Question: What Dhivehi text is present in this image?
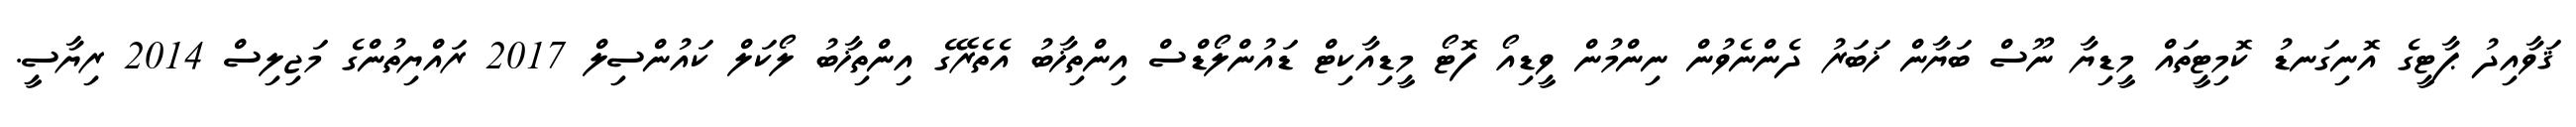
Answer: ޤަވާއިދު ޕާޓީގެ އޮނިގަނޑު ކޮމިޓީތައް މީޑިޔާ ނޫސް ބަޔާން ޚަބަރު ދެންނެވުން ނިންމުން ވީޑިއޯ ފޮޓޯ މީޑިއާކިޓް ޑައުންލޯޑްސް އިންތިޚާބު އެތެރޭގެ އިންތިޚާބު ލޯކަލް ކައުންސިލް 2017 ރައްޔިތުންގެ މަޖިލިސް 2014 ރިޔާސީ.